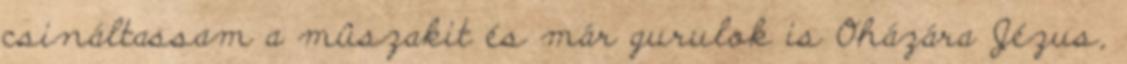
csináltassam a mûszakit és már gurulok is Oházára Jézus,